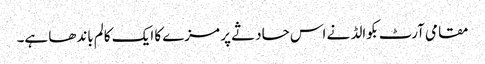
مقامی آرٹ بکوالڈ نے اس حادثے پر مزے کا ایک کالم باندھا ہے۔